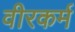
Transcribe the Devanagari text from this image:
वीरकर्म